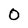
Character: 0